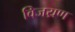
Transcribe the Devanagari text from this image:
विजय्रण